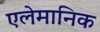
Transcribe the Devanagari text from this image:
एलेमानिक